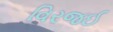
વિરજઈ